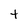
Character: t